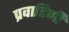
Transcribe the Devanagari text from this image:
प्रवाहिणी